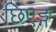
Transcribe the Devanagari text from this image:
छिएङ्ग